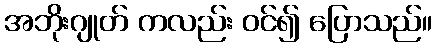
အဘိုးဂျုတ် ကလည်း ဝင်၍ ပြောသည်။